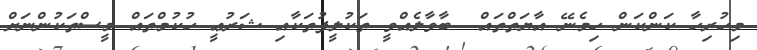
މިހުރިހާ ކަންކަން ހިމެނޭ އާޔަތްތައް  ބާވާލެއްވީ ތަކުލީފުތަކާއި ޝަރުޢީ ހުކުމްތައް މީސްތަކުންނަށް